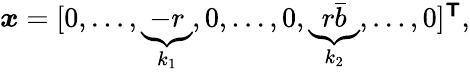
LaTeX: \begin{array}{r}{\boldsymbol{x}=[0,\ldots,\underbrace{-r}_{k_{1}},0,\ldots,0,\underbrace{r\bar{b}}_{k_{2}},\ldots,0]^{\boldsymbol{\mathsf{T}}},}\end{array}